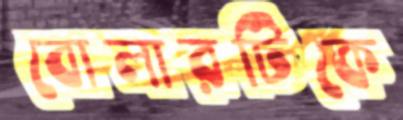
বোলারটিকে